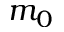
m _ { 0 }